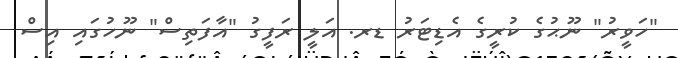
"ހަވީރު" ނޫޙުގެ ކުރީގެ އެޑިޓަރު ޑރ. އަލީ ރަފީގު "އާފަތިސް" ނޫހުގައި އިސް